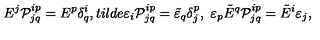
E ^ { j } { \cal P } _ { j q } ^ { i p } = E ^ { p } \delta _ { q } ^ { i } , t i l d e { \varepsilon } _ { i } { \cal P } _ { j q } ^ { i p } = \tilde { \varepsilon } _ { q } \delta _ { j } ^ { p } , \ \varepsilon _ { p } \tilde { E } ^ { q } { \cal P } _ { j q } ^ { i p } = \tilde { E } ^ { i } \varepsilon _ { j } ,